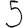
Digit: 5